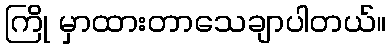
ကြို မှာထားတာသေချာပါတယ်။